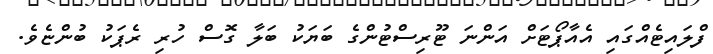
ފްލައިޓެއްގައި އެއާޕޯޓަށް އަންނަ ޓޫރިސްޓުންގެ ބަޔަކު ބަލާ ގޮސް ހުރި ރެޕަކު ބުންޏެވެ.